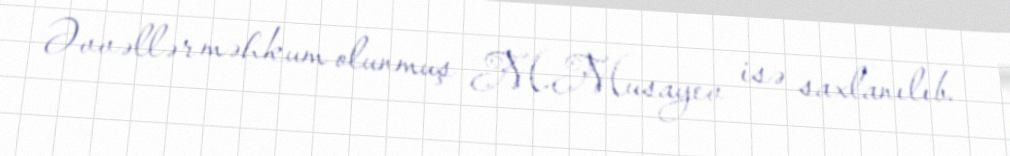
Əvvəllər məhkum olunmuş M.Musayev isə saxlanılıb.